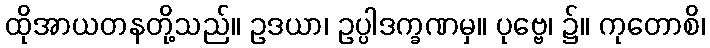
ထိုအာယတနတို့သည်။ ဥဒယာ၊ ဥပ္ပါဒက္ခဏမှ။ ပုဗ္ဗေ၊ ၌။ ကုတောစိ၊